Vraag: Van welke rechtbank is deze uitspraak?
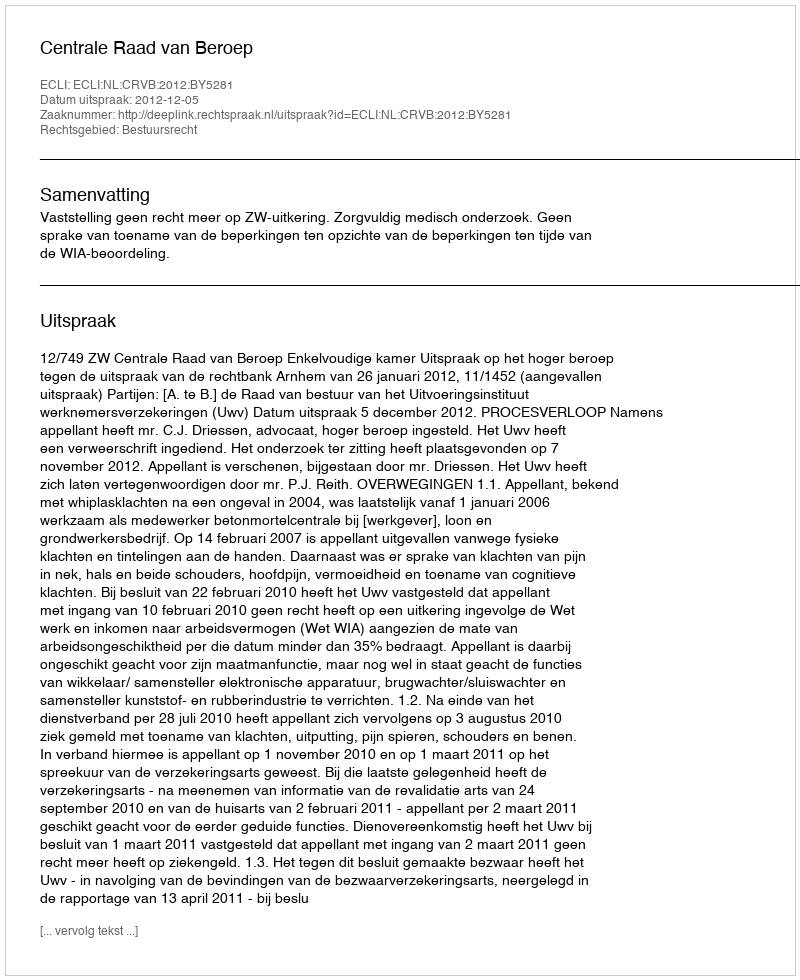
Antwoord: Centrale Raad van Beroep